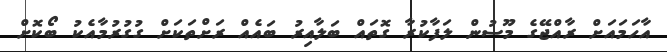
އާހަމައަށް ރާއްޖޭގެ މޫސުން ލަފާކުރާ ގޮތައް ބަލާއިރު ބައެއް ރަށްތަކަށް ގުގުރުމާއެކު ބޯކޮށް